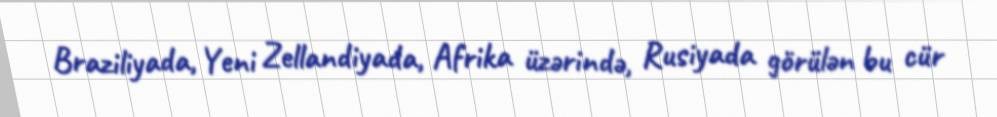
Braziliyada, Yeni Zellandiyada, Afrika üzərində, Rusiyada görülən bu cür